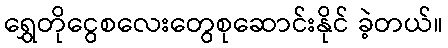
ရွှေတိုငွေစလေးတွေစုဆောင်းနိုင် ခဲ့တယ်။